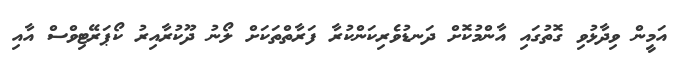
އަމީން ވިދާޅުވި ގޮތުގައި އާންމުކޮށް ދަނޑުވެރިކަންކުރާ ފަރާތްތަކަށް ލޯނު ދޫކުރާއިރު ކޯޕަރޭޓިވްސް އާއި